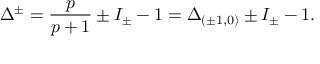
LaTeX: \Delta ^ { \pm } = \frac { p } { p + 1 } \pm I _ { \pm } - 1 = \Delta _ { ( \pm 1 , 0 ) } \pm I _ { \pm } - 1 .